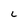
Character: L